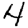
Digit: 4